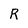
Character: R